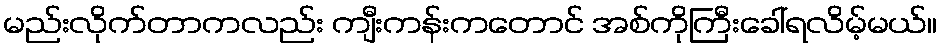
မည်းလိုက်တာကလည်း ကျီးကန်းကတောင် အစ်ကိုကြီးခေါ်ရလိမ့်မယ်။